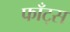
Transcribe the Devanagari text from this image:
फाँट्‌स